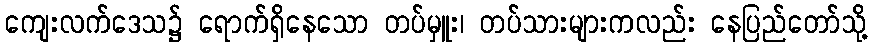
ကျေးလက်ဒေသ၌ ရောက်ရှိနေသော တပ်မှူး၊ တပ်သားများကလည်း နေပြည်တော်သို့